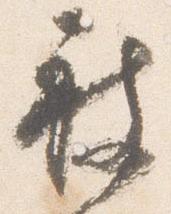
被